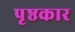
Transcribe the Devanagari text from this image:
पृष्ठकार